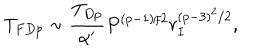
T _ { F D p } \sim \frac { T _ { D p } } { \alpha ^ { \prime } } P ^ { ( p - 1 ) / 2 } r _ { I } ^ { ( p - 3 ) ^ { 2 } / 2 } ,